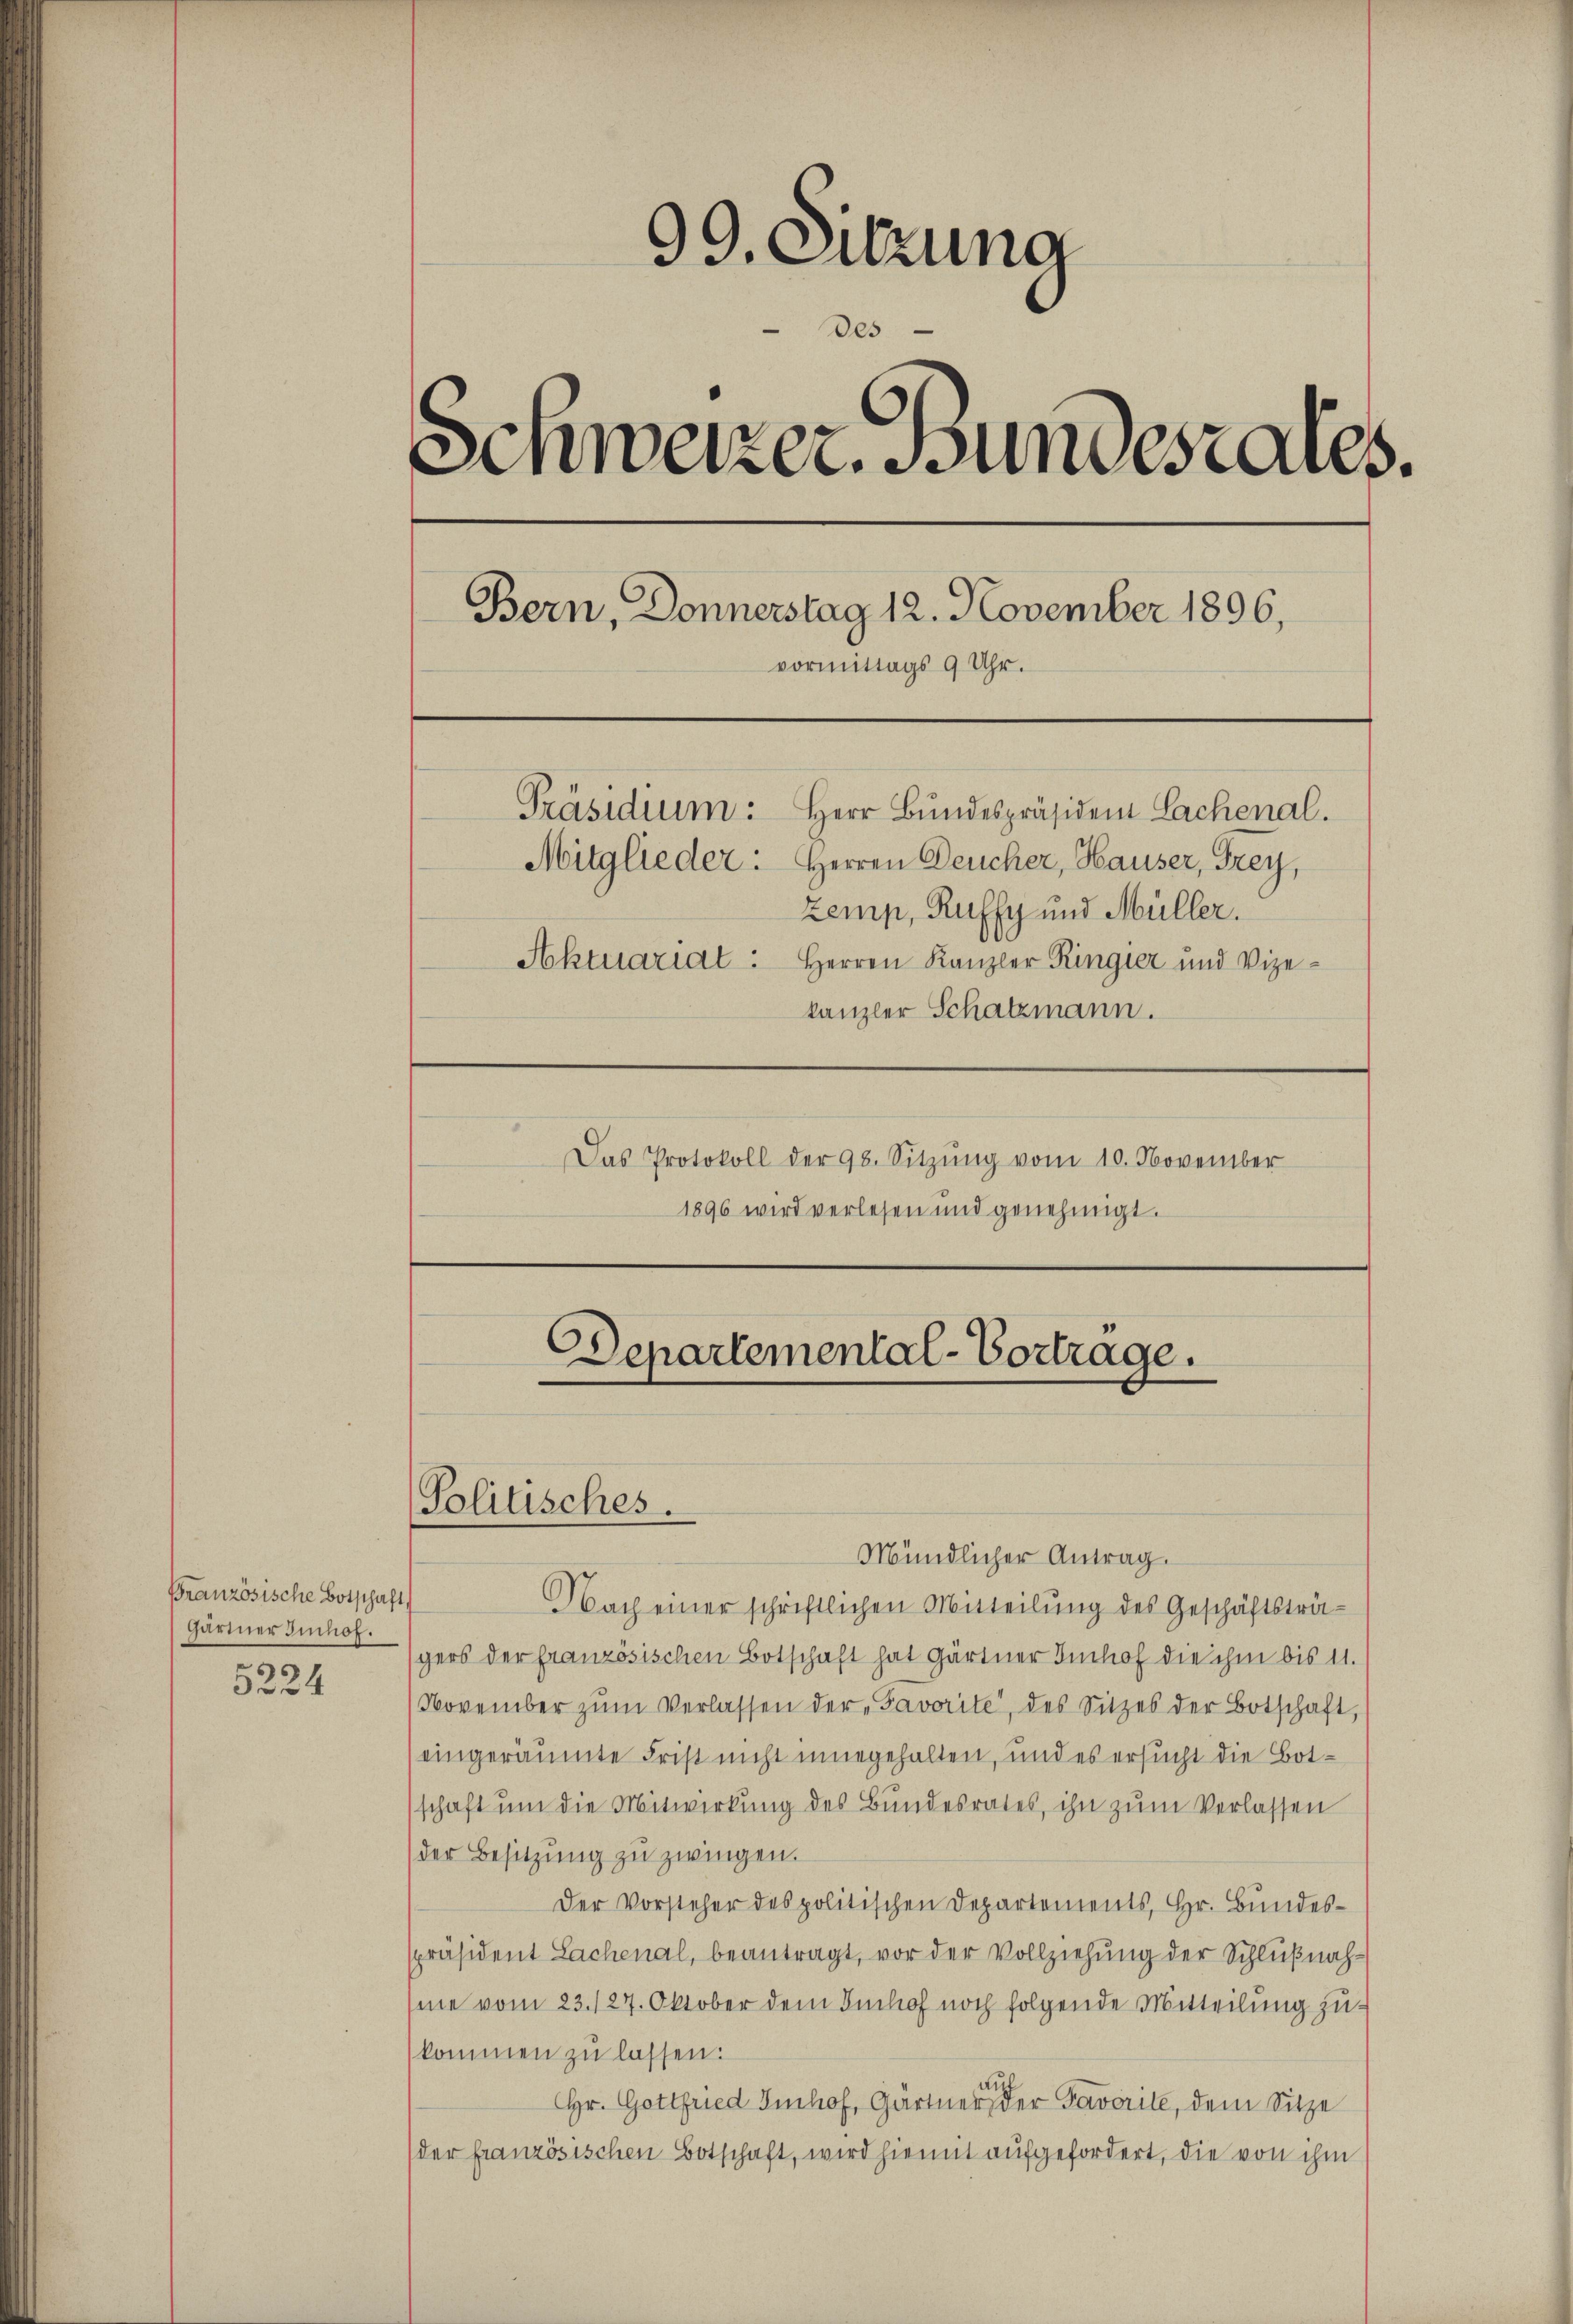
französische Botschaft,
Gärtner Einhof.
5224

99. Sitzung
des
s
Senweizer. Bundesrates.
Bern, Donnerstag 12. November 1896,
vormittags 9 Uhr.
Präsidium: Herr Bundespräsiden Lachenal.
Mitglieder: Herren Deucher, Hauser, Frey,
zemp, Ruffy und Müller.
Aktuariat: Herren Kanzler Ringier und Vize-
kanzler Schatzmann.

Mündlicher Antrag.
Nach einer schriftlichen Mitteilung des Geschäftsträgers der französischen Botschaft hat Gärtner Imhof die ihm bis 11.
(November zŭm Verlassen der Savorité, des Sitzes der Botschaft
eingeräumte Frist nicht innegehalten, und es ersucht die Botschaft ŭm die Mitwirkung des Bundesrates, ihn zum Verlassen
der Besitzŭng zŭ zwingen.
Der Vorsteher des politischen Departements, Hr. Bundesspräsident Sachenal, beantragt, vor der Vollziehung der Schlußnahsine vom 23. 127. Oktober dem Imhof noch folgende Mitteilung zukommen zu lassen.
Hr. Gottfried Imhof, Gärtner in der Taverite, dem Sitze
(der französischen Botschaft, wird hiemit aufgefordert, die von ihm

Das Protokoll der 98. Sitzŭng vom 10. November
1896 wird verlesen und genehmigt.

Politisches.

Departemental-Vortrage.